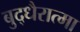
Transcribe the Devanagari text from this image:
बुद्धैरात्मा